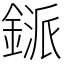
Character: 鎃